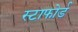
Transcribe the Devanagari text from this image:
स्टाफोर्ड